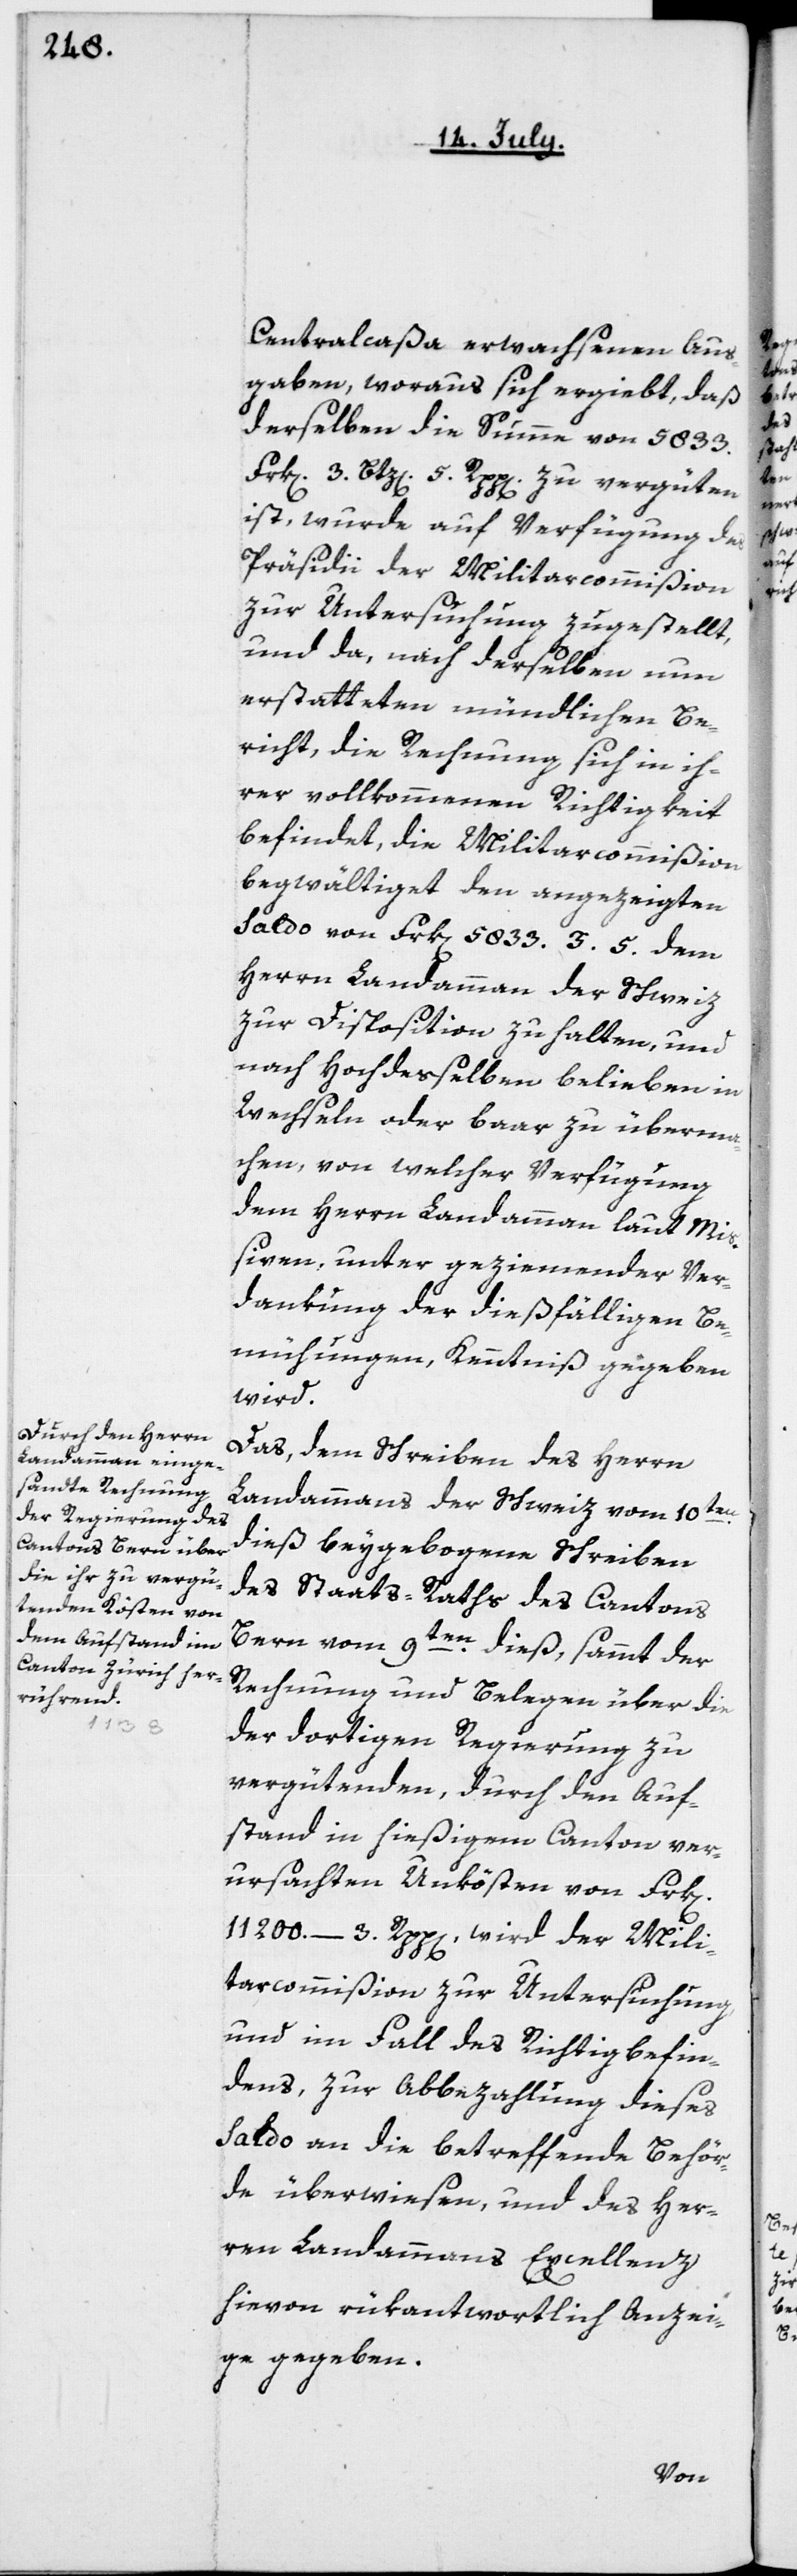
Centralcaßa erwachsenen Aus¬
gaben, woraus sich ergiebt, daß
derselben die Summe von 5833.
Frk[en]. 3. Btz[en] 5. Rpp[en] zu vergüten
ist, wurde auf Verfügung des
Präsidii der Militarcommißion
zur Untersuchung zugestellt,
und da, nach derselben nun
erstatteten mündlichen Be¬
richt, die Rechnung sich in ih¬
rer vollkommenen Richtigkeit
befindet, die Militarcommißion
begwältiget, den angezeigten
Saldo von Frk[en]. 5833. 3. 5. dem
Herrn Landammann der Schweiz
zur Disposition zu halten, und
nach Hochderselben belieben in
Wechseln oder baar zu überma¬
chen, von welcher Verfügung
dem Herrn Landammann laut Mi¬
ßiven, unter geziemender Ver¬
dankung der dießfälligen Be¬
mühungen, Kenntniß gegeben
wird.
Das, dem Schreiben des Herrn
Landammanns der Schweiz vom 10ten
dieß beygebogenen Schreiben
des Staats-Raths des Cantons
Bern vom 9ten dieß, sammt der
Rechnung und Belegen über die
der dortigen Regierung zu
vergütenden, durch den Auf¬
stand in hiesigem Canton ver¬
ursachten Unkösten von Frk[en].
11 200 und 3 Rpp[en]., wird der Mili¬
tarcommißion zur Untersuchung
und im Fall des Richtigbefin¬
dens, zur Abbezahlung dieses
Saldo an die betreffende Behör¬
de überwiesen, und des Her¬
ren Landammanns Excellenz
hievon rükantwortlich Anzei¬
ge gegeben.